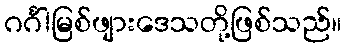
ဂင်္ဂါမြစ်ဖျားဒေသတို့ဖြစ်သည်။